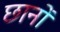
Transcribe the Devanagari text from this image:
छानों